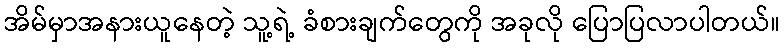
အိမ်မှာအနားယူနေတဲ့ သူ့ရဲ့ ခံစားချက်တွေကို အခုလို ပြောပြလာပါတယ်။